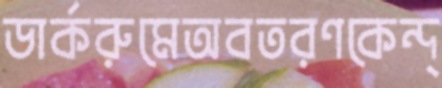
ডার্করুমেঅবতরণকেন্দ্